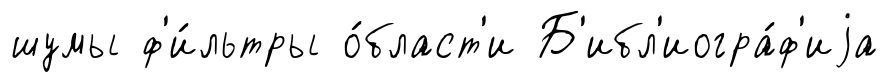
шумы ф'и́льтры о́бласт'и Б'ибл'иогра́ф'иjа